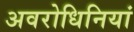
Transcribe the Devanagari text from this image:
अवरोधिनियां